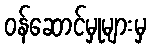
ဝန်ဆောင်မှုများမှ